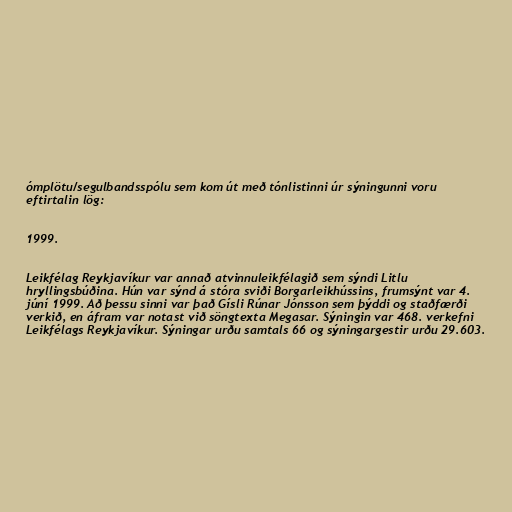
ómplötu/segulbandsspólu sem kom út með tónlistinni úr sýningunni voru
eftirtalin lög:

1999.

Leikfélag Reykjavíkur var annað atvinnuleikfélagið sem sýndi Litlu
hryllingsbúðina. Hún var sýnd á stóra sviði Borgarleikhússins, frumsýnt var 4.
júní 1999. Að þessu sinni var það Gísli Rúnar Jónsson sem þýddi og staðfærði
verkið, en áfram var notast við söngtexta Megasar. Sýningin var 468. verkefni
Leikfélags Reykjavíkur. Sýningar urðu samtals 66 og sýningargestir urðu 29.603.